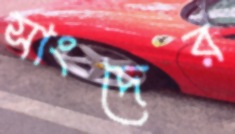
সাংদের